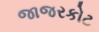
જાજરકોટ